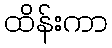
ထိန်းကာ